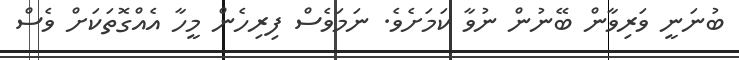
ބުނަނީ ވަރިވާން ބޭނުން ނުވާ ކަމަށެވެ. ނަމަވެސް ފިރިހެން މީހާ އެއްގޮތަކަށް ވެސް